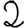
Digit: 2